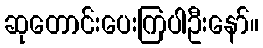
ဆုတောင်းပေးကြပါဦးနော်။